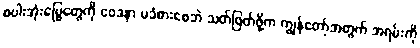
စပါးအုံးမြွေတွေကို ဝေဒနာ မခံစားစေဘဲ သတ်ဖြတ်ဖို့က ကျွန်တော့်အတွက် အရမ်းကို